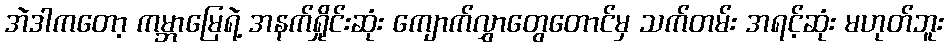
အဲဒါကတော့ ကမ္ဘာမြေရဲ့ အနက်ရှိုင်းဆုံး ကျောက်လွှာတွေတောင်မှ သက်တမ်း အရင့်ဆုံး မဟုတ်ဘူး